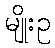
မျိုးဥ